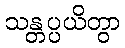
သန္တပ္ပယိတွာ